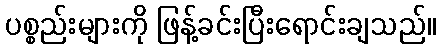
ပစ္စည်းများကို ဖြန့်ခင်းပြီးရောင်းချသည်။